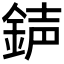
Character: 𨧅